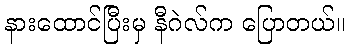
နားထောင်ပြီးမှ နီဂဲလ်က ပြောတယ်။